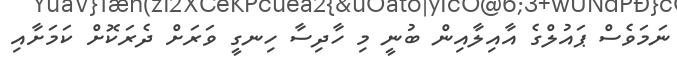
ނަމަވެސް ޕައުލްގެ އާއިލާއިން ބުނީ މި ހާދިސާ ހިނގީ ވަރަށް ދެރަކޮށް ކަމަށާއި